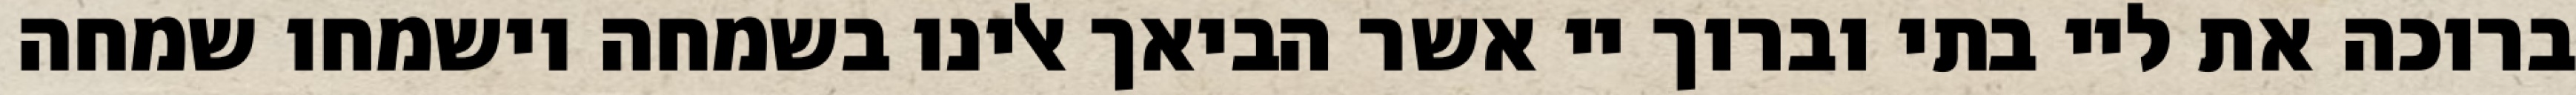
ברוכה את ליי בתי וברוך יי אשר הביאך אלינו בשמחה וישמחו שמחה